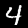
Label: 4